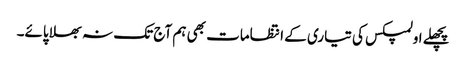
پچھلے اولمپکس کی تیاری کے انتظامات بھی ہم آج تک نہ بھلا پائے۔